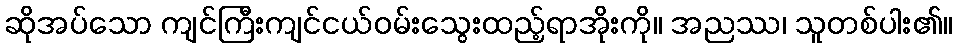
ဆိုအပ်သော ကျင်ကြီးကျင်ငယ်ဝမ်းသွေးထည့်ရာအိုးကို။ အညဿ၊ သူတစ်ပါး၏။